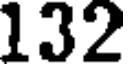
132